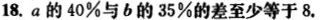
18. a 的 40% 与 b 的 35% 的差至少等于 8.